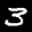
Label: 3